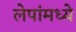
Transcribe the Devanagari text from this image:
लेपांमध्ये